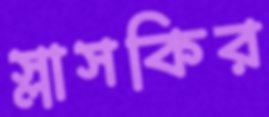
স্লাসকির